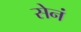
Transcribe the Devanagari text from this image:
सेनं